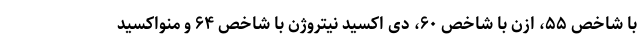
با شاخص ۵۵، ازن با شاخص ۶۰، دی اکسید نیتروژن با شاخص ۶۴ و منواکسید